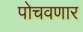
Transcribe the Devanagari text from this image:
पोचवणार